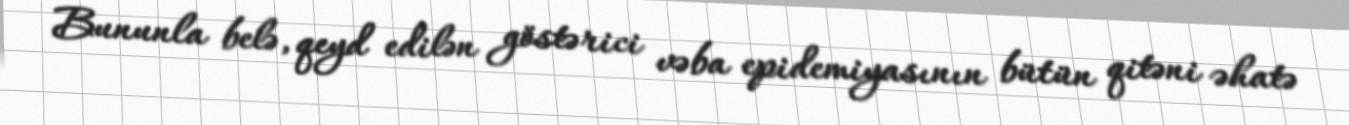
Bununla belə, qeyd edilən göstərici vəba epidemiyasının bütün qitəni əhatə